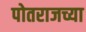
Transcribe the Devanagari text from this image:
पोतराजच्या